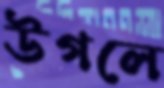
উগলে